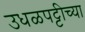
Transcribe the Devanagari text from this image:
उधळपट्टीच्या